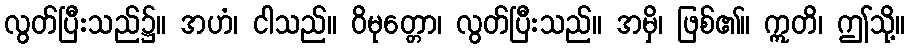
လွတ်ပြီးသည်၌။ အဟံ၊ ငါသည်။ ဝိမုတ္တော၊ လွတ်ပြီးသည်။ အမှိ၊ ဖြစ်၏။ ဣတိ၊ ဤသို့။